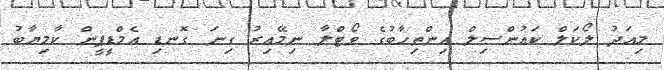
މިއަދު ލޯކަލް ކައުންސިލް އިންތިހާބުގެ ވޯޓްލާ ނިމޭއިރު ގިނަ ގޮނޑި އެމްޑީޕީން ކާމިޔާބު